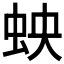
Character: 𫊬